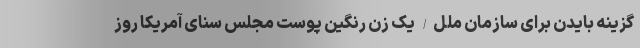
گزینه بایدن برای سازمان ملل/ یک زن رنگین پوست مجلس سنای آمریکا روز